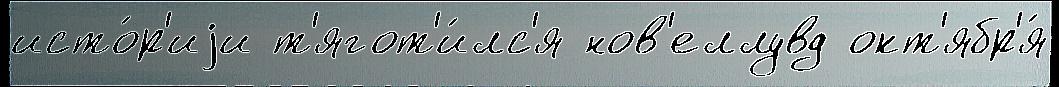
исто́р'иjи т'ягот'и́лс'я нов'еллувд окт'ябр'я́